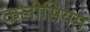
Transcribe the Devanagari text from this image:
कलीसियम